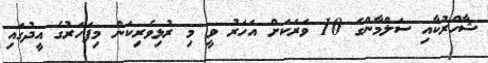
ޝާހްރުކާއި ސަލްމާންގެ 10 ވަރަކަށް އަހަރު ވީ މި ރުޅިވެރިކަން މިފަހަރުގެ އީދުގައި